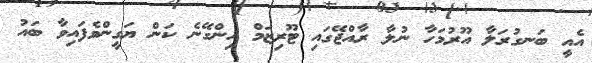
އެއީ ބަނގުރަލާ އޫރުމަހާ ނުލާ ރާއްޖޭގައި ޓޫރިޒަމް ހިންގޭނެ ކަން ޔަގީންވެފައިވާ ބައު